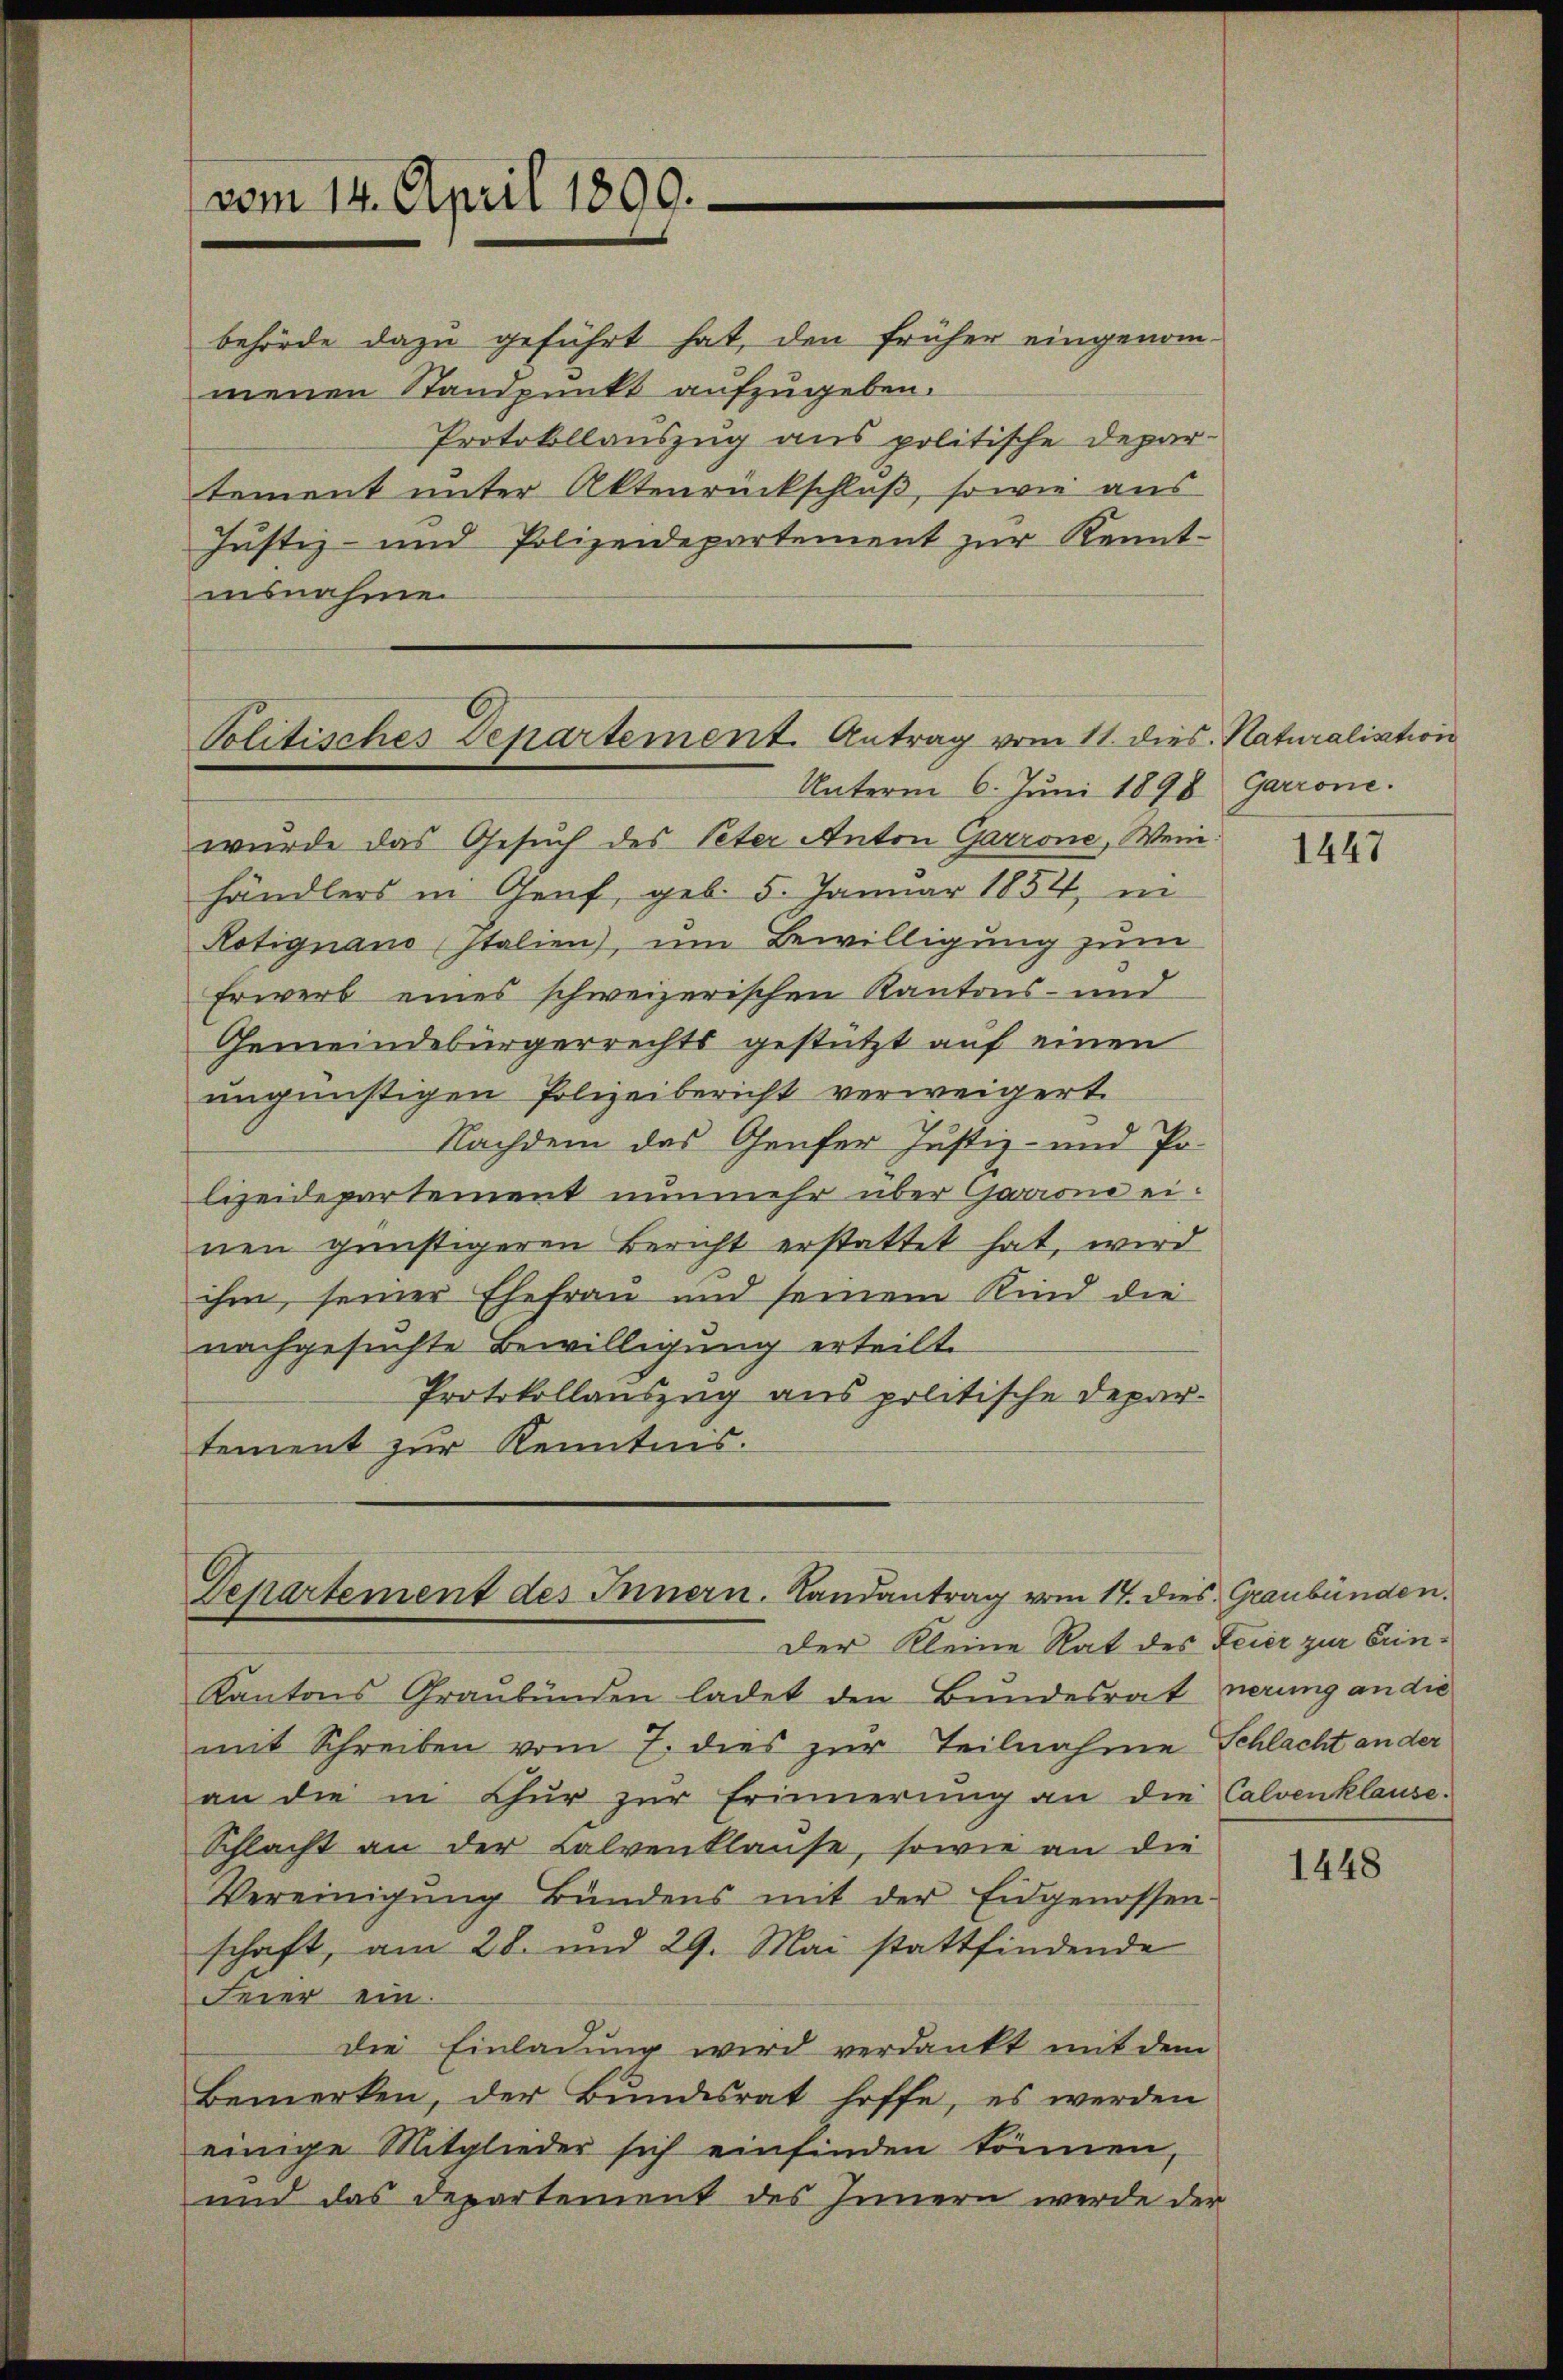
vom 14. April 1800.

behörde dazu geführt hat, den früher eingenommenen Standpunkt aufzugeben.
Protokollauszug aus politische Depar-
tement unter Aktenrückschluß, sowie aus
Justiz- und Polizeidepartement zŭr Kennt-
insnahme.

Politisches Departement. Antrag vom 11. dies. Naturaliation
Unterm 6. Juni 1898 Garrone.

Departement des Innern. Landantrag vom 17. dies Graubünden.
Der Kleine Rat des Feier zur Erin¬

wurde das Gesuch des Peter Anton Garrone, Wein:
händlers in Genf, geb. 5. Januar 1852, ni
Notignano Italien), um Bewilligung zum
Erwerb eines schweizerischen Kantons- und
Gemeindebürgerrechts gestützt auf einen
ungünstigen Polizeibericht verweigert.
Nachdem das Genfer Justiz- und Polizeidepartement nunmehr über Garione einen günstigeren Bericht erstattet hat, wird
ihm, seiner Ehefrau und seinem Kind die
nachgesuchte Bewilligung erteilt.
Protokollauszug aus politische Departement zur Kenntnis.

Kantons Graubünden ladet den Bundesrat nerung an die
mit Schreiben vom 7. dies zur Teilnahme Schlacht an der
an die in Chur zur Erinnerung an die Calvenklause.
Schlacht an der Lalvenklause, sowie an die
Vereinigung Bündens mit der Eidgenossen-
schaft, am 28. und 29. Mai stattfindende
Feier ein.
die Einladung wird verdankt mit dem
Bemerken, der Bŭndesrat hoffe, es werden
einige Mitglieder sich einfinden können,
und das Departement des Innern werde der

1447

1448